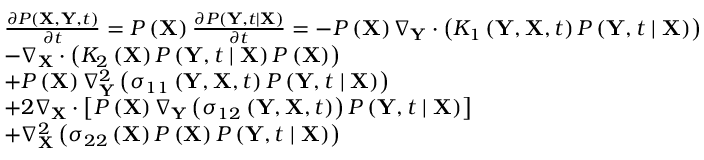
\begin{array} { r l } & { \frac { \partial P \left( \mathbf { X } , \mathbf { Y } , t \right) } { \partial t } = P \left( \mathbf { X } \right) \frac { \partial P \left( \mathbf { Y } , t \mid \mathbf { X } \right) } { \partial t } = - P \left( \mathbf { X } \right) \nabla _ { \mathbf { Y } } \cdot \left( K _ { 1 } \left( \mathbf { Y } , \mathbf { X } , t \right) P \left( \mathbf { Y } , t \mid \mathbf { X } \right) \right) } \\ & { - \nabla _ { \mathbf { X } } \cdot \left( K _ { 2 } \left( \mathbf { X } \right) P \left( \mathbf { Y } , t \mid \mathbf { X } \right) P \left( \mathbf { X } \right) \right) } \\ & { + P \left( \mathbf { X } \right) \nabla _ { \mathbf { Y } } ^ { 2 } \left( \sigma _ { 1 1 } \left( \mathbf { Y } , \mathbf { X } , t \right) P \left( \mathbf { Y } , t \mid \mathbf { X } \right) \right) } \\ & { + 2 \nabla _ { \mathbf { X } } \cdot \left[ P \left( \mathbf { X } \right) \nabla _ { \mathbf { Y } } \left( \sigma _ { 1 2 } \left( \mathbf { Y } , \mathbf { X } , t \right) \right) P \left( \mathbf { Y } , t \mid \mathbf { X } \right) \right] } \\ & { + \nabla _ { \mathbf { X } } ^ { 2 } \left( \sigma _ { 2 2 } \left( \mathbf { X } \right) P \left( \mathbf { X } \right) P \left( \mathbf { Y } , t \mid \mathbf { X } \right) \right) } \end{array}